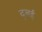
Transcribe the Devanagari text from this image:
दूबई